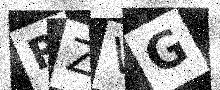
Text: RZVG